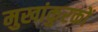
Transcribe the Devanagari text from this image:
मुखांकुरकों